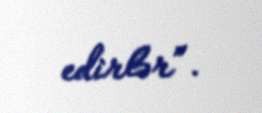
edirlər”.